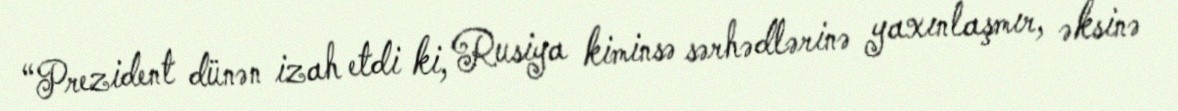
“Prezident dünən izah etdi ki, Rusiya kiminsə sərhədlərinə yaxınlaşmır, əksinə